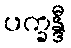
ပက္ခန္ဒီ